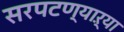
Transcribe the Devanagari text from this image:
सरपटण्याऱ्या